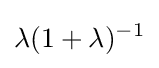
\lambda (1+\lambda )^{-1}